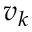
v _ { k }